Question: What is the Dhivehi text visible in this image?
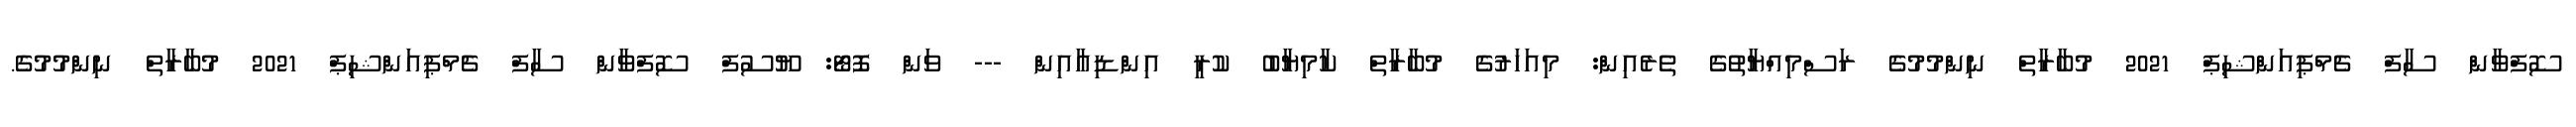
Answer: ސޮފްވާން ސާފް ޗެމްޕިއަންޝިޕް 2021 މުބާރާތް ނިންމުމުގެ ރަސްމިއްޔާތުގެ ތެރެއިން: މިއަހަރުގެ މުބާރާތް ކާމިޔާބު ކުރީ އިންޑިއާއިން --- ވަން ފޮޓޯ: ޔޫސުފް ސޮފްވާން ސާފް ޗެމްޕިއަންޝިޕް 2021 މުބާރާތް ނިންމުމުގެ.